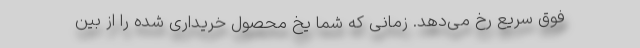
فوق سریع رخ می‌دهد. زمانی که شما یخِ محصولِ خریداری شده را از بین